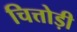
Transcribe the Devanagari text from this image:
चित्तोड़ी